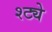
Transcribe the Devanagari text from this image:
श्ट्ये